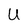
Character: U